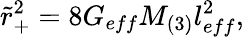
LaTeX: \tilde{r}_{+}^{2}=8G_{eff}M_{(3)}l_{eff}^{2},